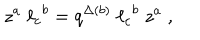
LaTeX: z ^ { a } \; { \ell _ { c } } ^ { b } = q ^ { \Delta ( b ) } \; { \ell _ { c } } ^ { b } \; z ^ { a } \; ,